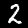
Digit: 2